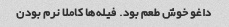
داغو خوش طعم بود. فیله‌ها کاملا نرم بودن